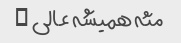
مثه همیشه عالی …